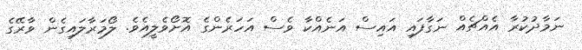
ނަމާދުކުރާ އެއްޗެއް ނަގާފައި އައިސް އަނެއްކާ ވެސް އަހަރެންގެ އޮށޯވެލީއެވެ. ލޯމަރާލައިގެން ވާރޭގެ